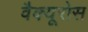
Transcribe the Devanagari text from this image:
वैक्यूरोस